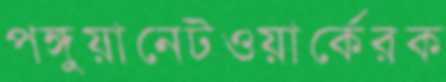
পঙ্গুয়ানেটওয়ার্কেরক